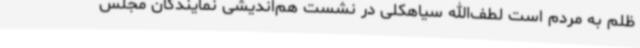
ظلم به مردم است لطف‌الله سیاهکلی در نشست هم‌اندیشی نمایندگان مجلس